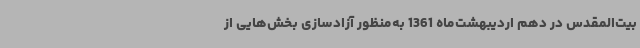
بیت‌المقدس در دهم اردیبهشت‌ماه 1361 به‌منظور آزادسازی بخش‌هایی از